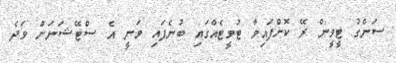
ސަންގު ޓީވީން ރޭ ކޮށްފައިވާ ޓުވީޓެއްގައި ބުނެފައި ވަނީ އެ ސްޓޭޝަނަށް ވަދެ